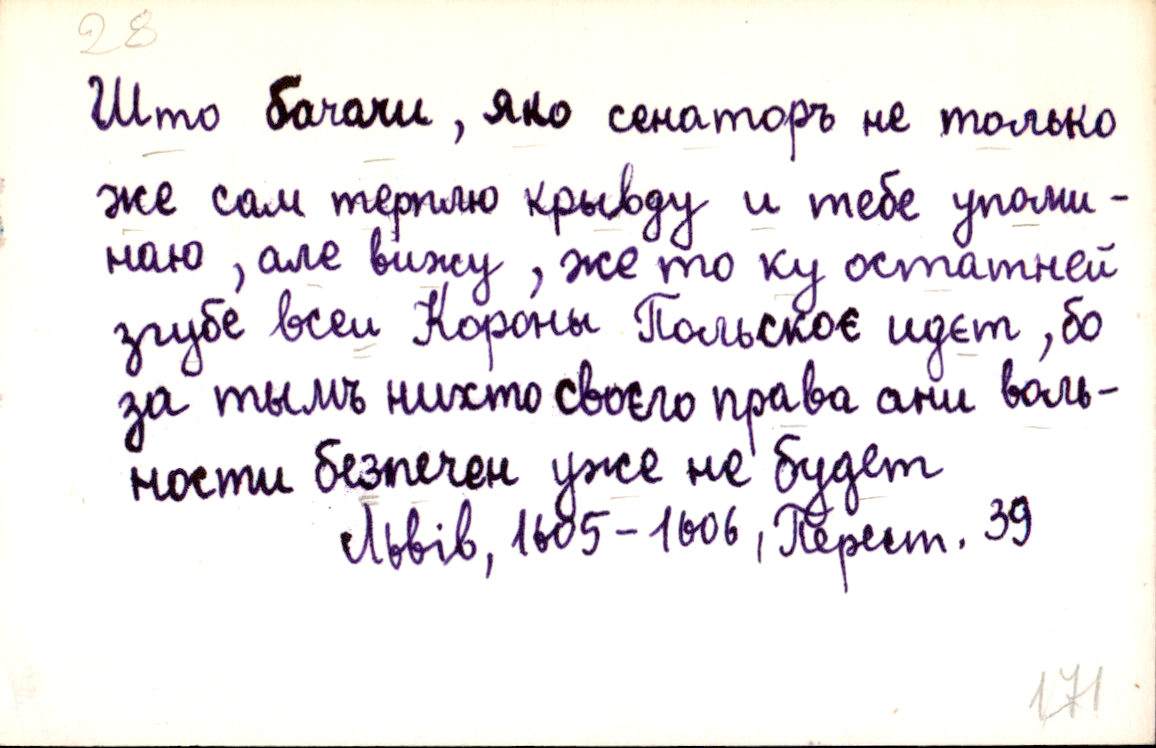
Што бачачи, яко сенаторъ не только
же сам терплю крывду и тебе упоми-
наю, але вижу, же то ку остатней
згубе всеи Короны Польскоє идєт, бо
за тымъ нихто своєго права ани воль-
ности безпечен уже не будет
Львів, 1605-1606, Перест. 39